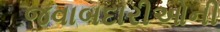
જવાબદારીઓની